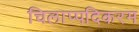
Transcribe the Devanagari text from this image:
चिलाप्पदिकरम